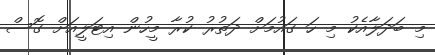
މި ބަދަލާއެކު މި ހަ ގައުމަށް ދަތުރު ކުރާ މީހުން އިޓަލީއަށް ގޮސް